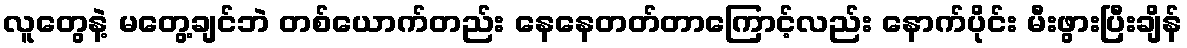
လူတွေနဲ့ မတွေ့ချင်ဘဲ တစ်ယောက်တည်း နေနေတတ်တာကြောင့်လည်း နောက်ပိုင်း မီးဖွားပြီးချိန်